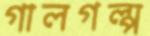
গালগল্প